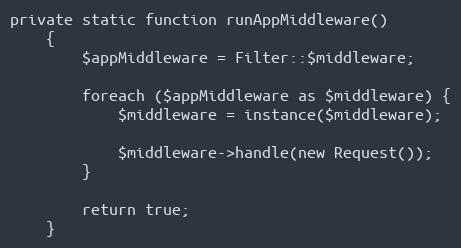
Language: PHP
private static function runAppMiddleware()
    {
        $appMiddleware = Filter::$middleware;

        foreach ($appMiddleware as $middleware) {
            $middleware = instance($middleware);

            $middleware->handle(new Request());
        }

        return true;
    }